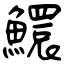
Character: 鱞